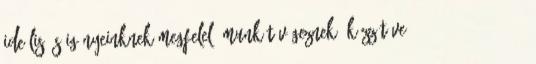
ideális és igényeinknek megfelelő munkát végeznek. Közzétéve 2016-04-27 2016-04-18